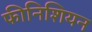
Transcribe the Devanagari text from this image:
फीनिशियन